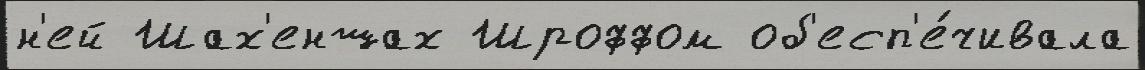
н'ей Шах'еншах Шроффом об'есп'е́чивала